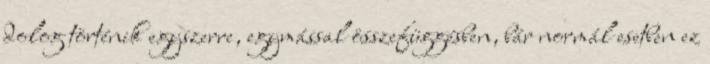
dolog történik egyszerre, egymással összefüggésben, bár normál esetben ez